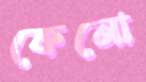
কেনো